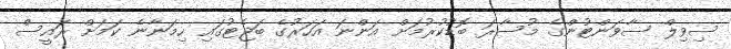
ސިވިލް ސާވަންޓުންގެ މުސާރަ ބޮޑުކުރުމަށް އަންނަ އަހަރުގެ ބަޖެޓުގައި ހިމަނާނެ ކަމަށް ރައީސް